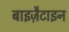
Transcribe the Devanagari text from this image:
बाइज़ैटाइन